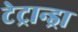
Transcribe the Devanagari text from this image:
टेट्रान्ड्रा